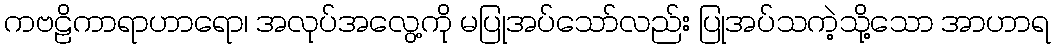
ကဗဠိကာရာဟာရော၊ အလုပ်အလွေ့ကို မပြုအပ်သော်လည်း ပြုအပ်သကဲ့သို့သော အာဟာရ